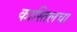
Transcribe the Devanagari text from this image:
कास्तिलचा